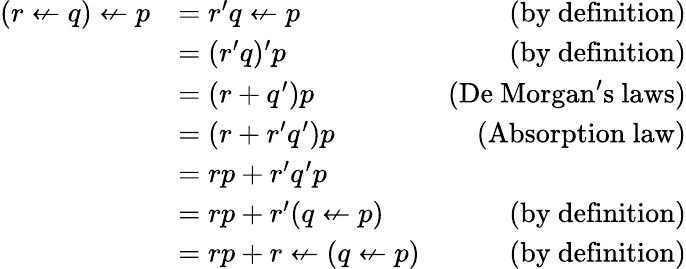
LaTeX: {\begin{array}{rlr}{(r\nleftarrow q)\nleftarrow p}&{=r^{\prime}q\nleftarrow p}&{{\mathrm{(by~definition)}}}\\ &{=(r^{\prime}q)^{\prime}p}&{{\mathrm{(by~definition)}}}\\ &{=(r+q^{\prime})p}&{{\mathrm{(De~Morgan's~laws)}}}\\ &{=(r+r^{\prime}q^{\prime})p}&{{\mathrm{(Absorption~law)}}}\\ &{=rp+r^{\prime}q^{\prime}p}\\ &{=rp+r^{\prime}(q\nleftarrow p)}&{{\mathrm{(by~definition)}}}\\ &{=rp+r\nleftarrow(q\nleftarrow p)}&{{\mathrm{(by~definition)}}}\end{array}}